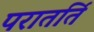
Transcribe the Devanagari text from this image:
परातर्ति